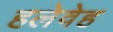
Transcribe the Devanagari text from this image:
हलेवेह